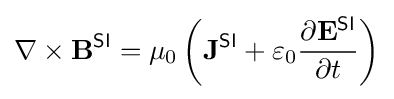
\nabla \times \mathbf {B} ^{\textsf {SI}}=\mu _{0}\left(\mathbf {J} ^{\textsf {SI}}+\varepsilon _{0}{\frac {\partial \mathbf {E} ^{\textsf {SI}}}{\partial t}}\right)